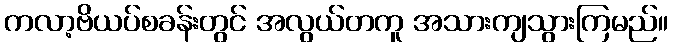
ကလာ့ဗိယပ်စခန်းတွင် အလွယ်တကူ အသားကျသွားကြမည်။